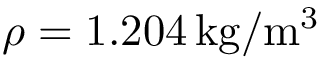
\rho = 1 . 2 0 4 \, \mathrm { k g / m ^ { 3 } }